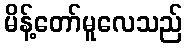
မိန့်တော်မူလေသည်